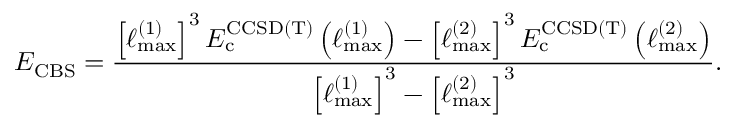
E _ { \mathrm { C B S } } = \frac { \left[ \ell _ { \mathrm { m a x } } ^ { ( 1 ) } \right] ^ { 3 } E _ { \mathrm { c } } ^ { \mathrm { C C S D ( T ) } } \left( \ell _ { \mathrm { m a x } } ^ { ( 1 ) } \right) - \left[ \ell _ { \mathrm { m a x } } ^ { ( 2 ) } \right] ^ { 3 } E _ { \mathrm { c } } ^ { \mathrm { C C S D ( T ) } } \left( \ell _ { \mathrm { m a x } } ^ { ( 2 ) } \right) } { \left[ \ell _ { \mathrm { m a x } } ^ { ( 1 ) } \right] ^ { 3 } - \left[ \ell _ { \mathrm { m a x } } ^ { ( 2 ) } \right] ^ { 3 } } .